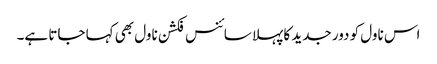
اس ناول کو دور جدید کا پہلا سائنس فکشن ناول بھی کہا جاتا ہے۔